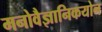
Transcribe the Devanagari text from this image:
मनोवैज्ञानिकयोन